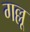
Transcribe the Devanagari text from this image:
गल्लू